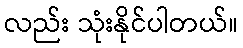
လည်း သုံးနိုင်ပါတယ်။